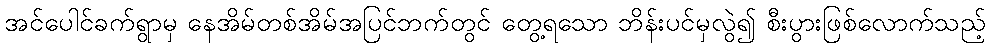
အင်ပေါင်ခက်ရွာမှ နေအိမ်တစ်အိမ်အပြင်ဘက်တွင် တွေ့ရသော ဘိန်းပင်မှလွဲ၍ စီးပွားဖြစ်လောက်သည့်